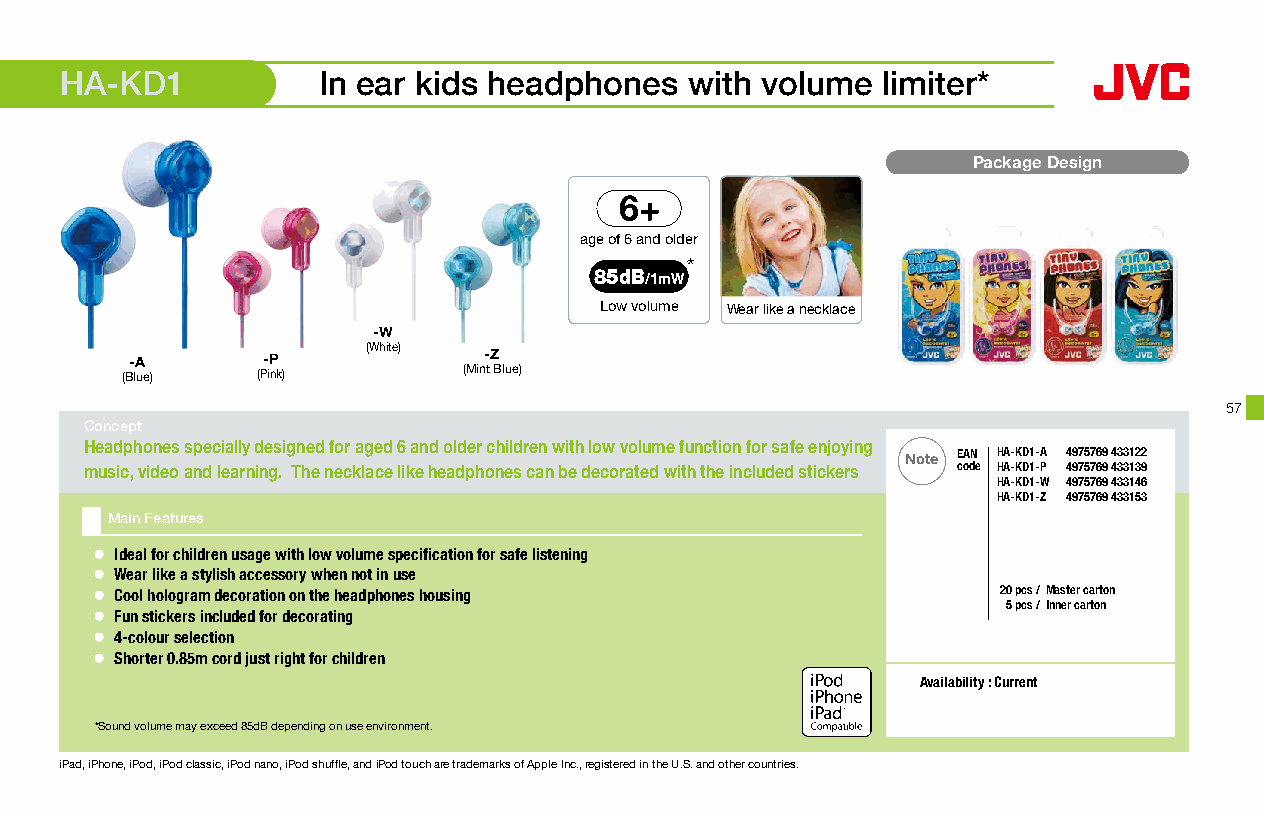
HHAA--KKDD51     In ear kids headphones   with volume limiter*
 Package Design
 age of 6 and older
 *
 85dB/1mW
 Low volume Wear like a necklace
 -W
 (White)
 -A      -P             -Z
 (Blue)   (Pink)        (Mint Blue)
 57
 Concept
 Headphones specially designed for aged 6 and older children with low volume function for safe enjoying
 Note EAN HA-KD1-A 4975769 433122
 music, video and learning. The necklace like headphones can be decorated with the included stickers code HA-KD1-P 4975769 433139
 HA-KD1-W 4975769 433146
 HA-KD1-Z 4975769 433153
 Main Features
 ● Ideal for children usage with low volume specification for safe listening
 ● Wear like a stylish accessory when not in use
 ● Cool hologram decoration on the headphones housing        20 pcs /Master carton
 5 pcs / Inner carton
 ● Fun stickers included for decorating
 ● 4-colour selection
 ● Shorter 0.85m cord just right for children
 Availability : Current
 16 x 16mm
 *Sound volume may exceed 85dB depending on use environment.
 iPad, iPhone, iPod, iPod classic, iPod nano, iPod shuffle, and iPod touch are trademarks of Apple Inc., registered in the U.S. and other countries.